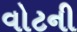
વોટની